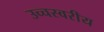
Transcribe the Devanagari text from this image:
उच्चस्वरीय